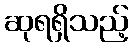
ဆုရရှိသည့်